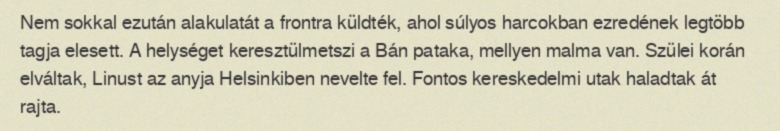
Nem sokkal ezután alakulatát a frontra küldték, ahol súlyos harcokban ezredének legtöbb tagja elesett. A helységet keresztülmetszi a Bán pataka, mellyen malma van. Szülei korán elváltak, Linust az anyja Helsinkiben nevelte fel. Fontos kereskedelmi utak haladtak át rajta.